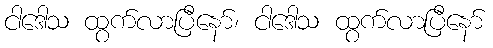
ငါဒေါသ ထွက်လာပြီနော်၊ ငါဒေါသ ထွက်လာပြီနော်